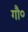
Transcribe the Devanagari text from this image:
गौ०